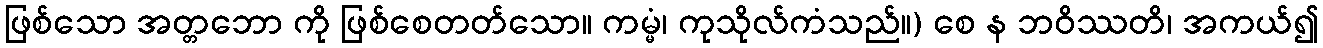
ဖြစ်သော အတ္တဘော ကို ဖြစ်စေတတ်သော။ ကမ္မံ၊ ကုသိုလ်ကံသည်။) စေ န ဘဝိဿတိ၊ အကယ်၍